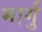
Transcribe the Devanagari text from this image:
मार्गु